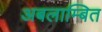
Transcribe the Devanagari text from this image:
अबलाम्बित